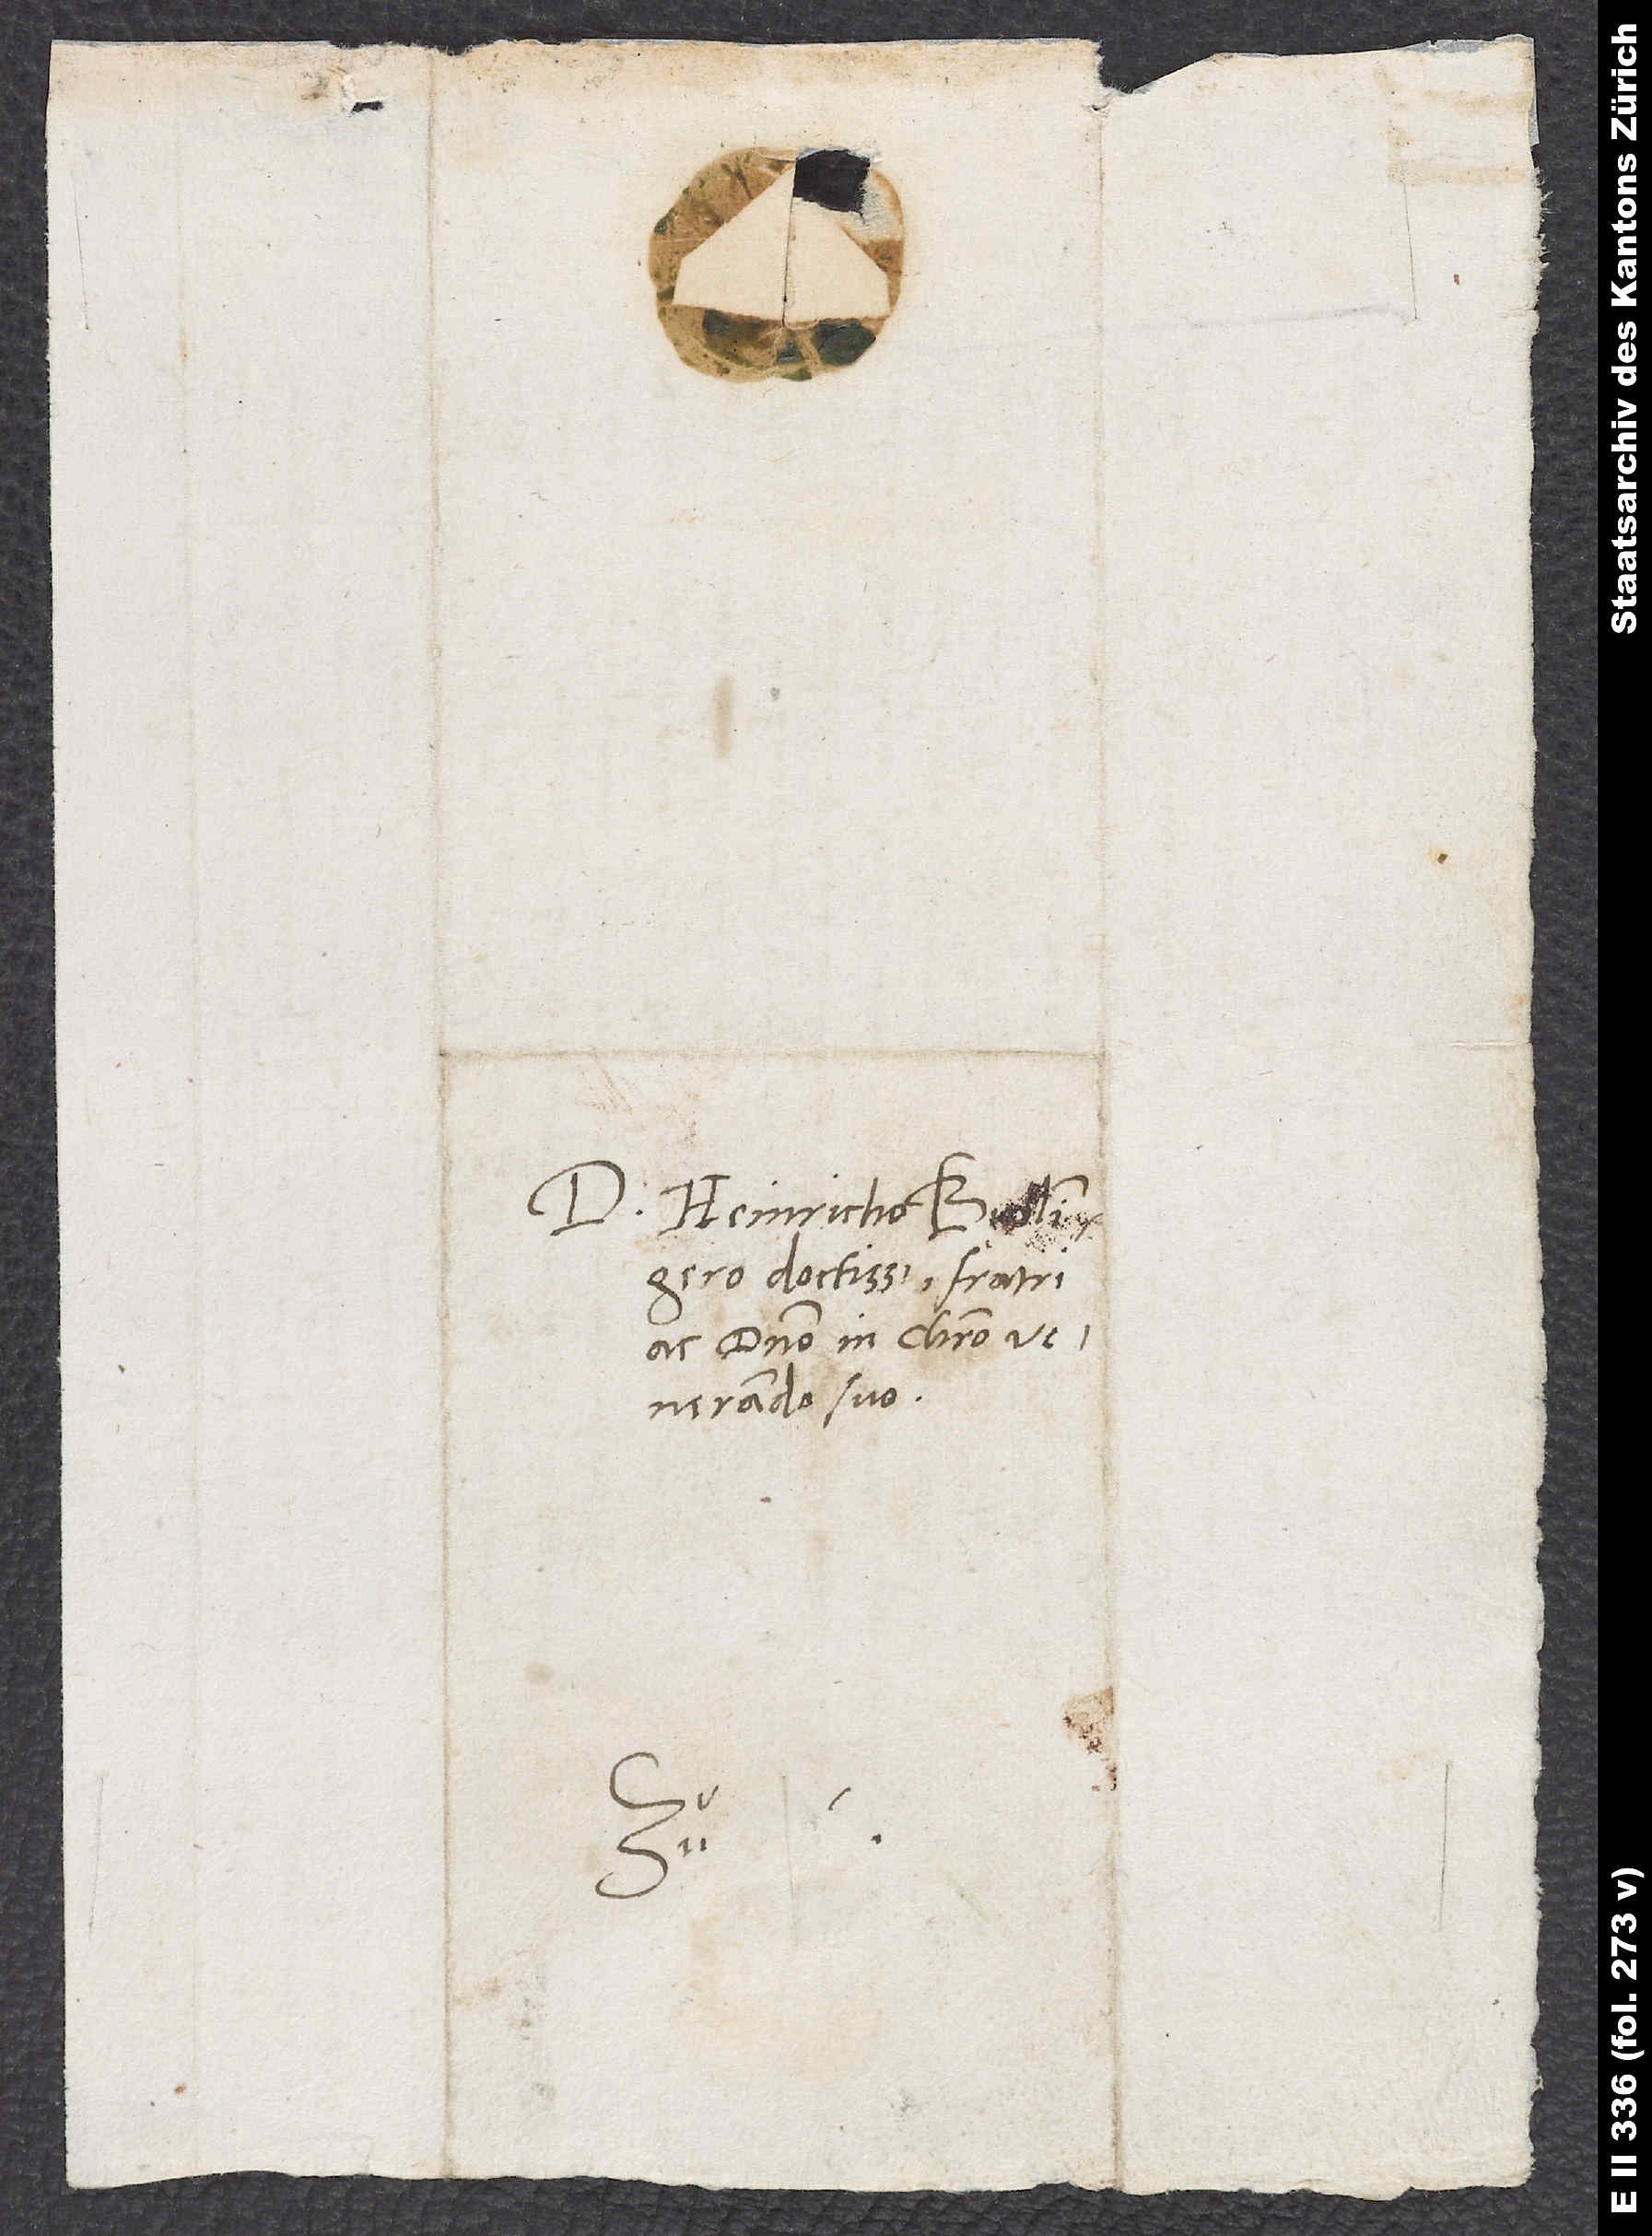
D. Heinricho Bullingero
doctissimo, fratri
ac domino in Christo
venerando suo.